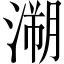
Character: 溯